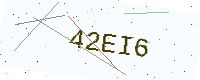
Text: 42EI6